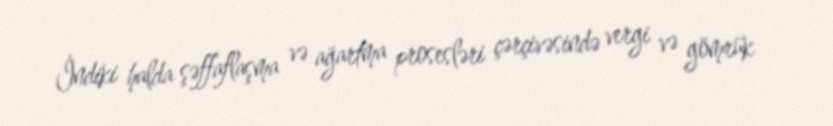
İndiki halda şəffaflaşma və ağartma prosesləri çərçivəsində vergi və gömrük